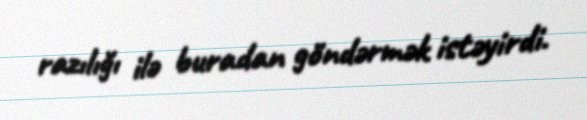
razılığı ilə buradan göndərmək istəyirdi.